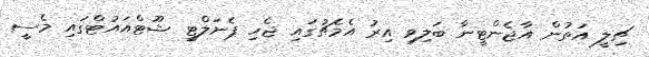
ޗިލީ އަތުން އާޖެންޓީނާ ބަލިވި އިރު އެމެޗުގައި ޖެހި ޕެނަލްޓީ ޝޫޓްއައުޓްގައި މެސީ